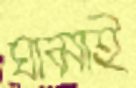
ঘামাই